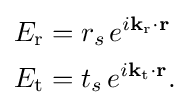
{\begin{aligned}E_{\text{r}}&=r_{s\,}e^{i\mathbf {k} _{\text{r}}\mathbf {\cdot r} }\\E_{\text{t}}&=t_{s\,}e^{i\mathbf {k} _{\text{t}}\mathbf {\cdot r} }.\end{aligned}}